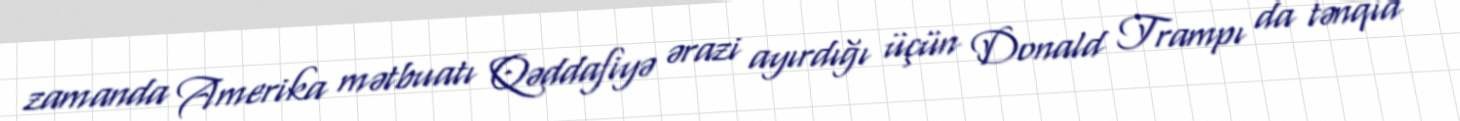
zamanda Amerika mətbuatı Qəddafiyə ərazi ayırdığı üçün Donald Trampı da tənqid